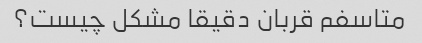
متاسفم قربان دقیقا مشکل چیست؟